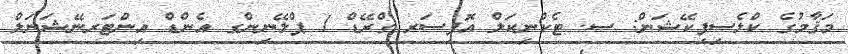
މަޤާމުގެ ކްލެސިފިކޭޝަން: ސ. ޓެކްނިކަލް އޮފިސަރ ގްރޭޑް 1 ޕްލޭނިންގ އެންޑް އިންޓަރނޭޝަނަލް